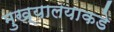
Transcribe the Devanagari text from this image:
मुख्यालयाकडे